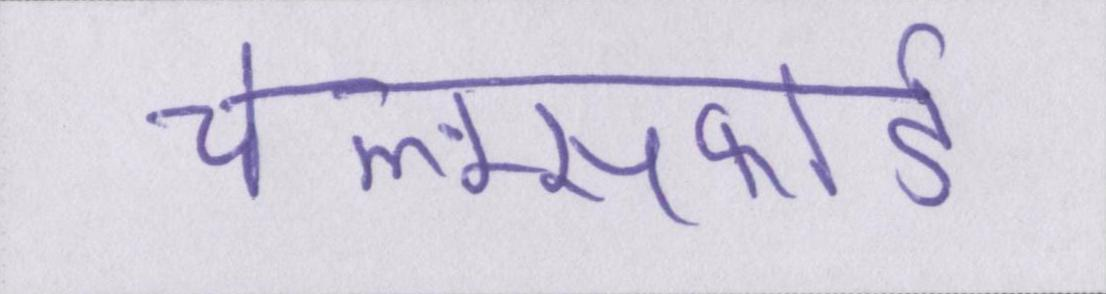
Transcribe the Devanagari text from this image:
चेल्म्सफोर्ड